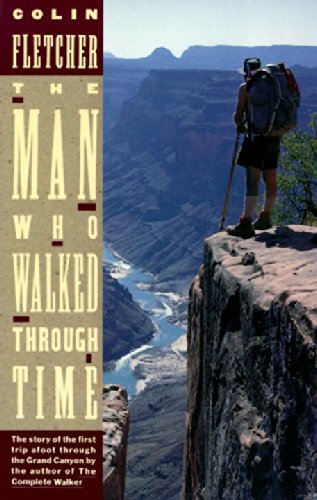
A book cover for The Man Who Walked Through Time: The Story of the First Trip Afoot Through the Grand Canyon; Colin Fletcher; Science & Math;